Report of the Indian Hemp Drugs Commission, 1894-1895 - Volume VII
Year: 1894
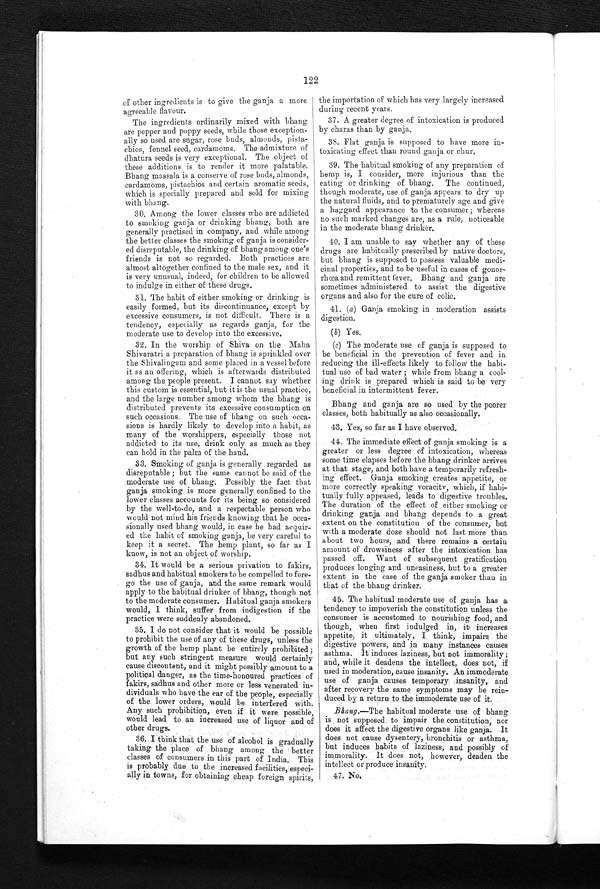
122
of other ingredients is to give the ganja a more
agreeable flavour.
The ingredients ordinarily mixed with bhang
are pepper and poppy seeds, while those exception
-
ally so used are sugar, rose buds, almonds, pista
-
chios, fennel seed, cardamoms. The admixture of
dhatura seeds is very exceptional. The object of
these additions is to render it more palatable.
Bhang massala is a conserve of rose buds, almonds,
cardamoms, pistachios and certain aromatic seeds,
which is specially prepared and sold for mixing
with bhang.
30. Among the lower classes who are addicted
to smoking ganja or drinking bhang, both are
generally practised in company, and while among
the better classes the smoking of ganja is consider
-
ed disreputable, the drinking of bhang among one's
friends is not so regarded. Both practices are
almost altogether confined to the male sex, and it
is very unusual, indeed, for children to be allowed
to indulge in either of these drugs.
31. The habit of either smoking or drinking is
easily formed, but its discontinuance, except by
excessive consumers, is not difficult. There is a
tendency, especially as regards ganja, for the
moderate use to develop into the excessive.
32. In the worship of Shiva on the Maha
Shivaratri a preparation of bhang is sprinkled over
the Shivalingam and some placed in a vessel before
it as an offering, which is afterwards distributed
among the people present. I cannot say whether
this custom is essential, but it is the usual practice,
and the large number among whom the bhang is
distributed prevents its excessive consumption on
such occasions. The use of bhang on such occa
-
sions is hardly likely to develop into a habit, as
many of the worshippers, especially those not
addicted to its use, drink only as much as they
can hold in the palm of the hand.
33. Smoking of ganja is generally regarded as
disreputable ; but the same cannot be said of the
moderate use
o f b h a n g . P o s s i b l y t h e f a c t t h a t
ganja smoking is more generally confined to the
lower classes accounts for its being so considered
by the well-to-do, and a respectable person who
would not mind his friends knowing that he occa
-
sionally used bhang would, in case he had acquir
-
ed the habit of smoking ganja, be very careful to
keep it a secret. The hemp plant, so far as I
know, is not an object of worship.
34. It would be a serious privation to fakirs,
sadhus and habitual smokers to be compelled to fore
-
go the use of ganja, and the same remark would
a p p l y t o t h e h a b i t u a l d r i n k e r o f b h a n g , t h o u g h
n o t
to the moderate consumer. Habitual ganja smokers
would, I think, suffer from indigestion if the
practice were suddenly abandoned.
35. I do not consider that it would be possible
to prohibit the use of any of these drugs, unless the
growth of the hemp plant be entirely prohibited;
but any such stringent measure would certainly
cause discontent, and it might possibly amount to a
political danger, as the time-honoured practices of
fakirs, sadhus and other more or less venerated in
-
dividuals who have the ear of the people, especially
of the lower orders, would be interfered with.
Any such prohibition, even if it were possible,
would lead to an increased use of liquor and of
other drugs.
36. I think that the use of alcohol is gradually
taking the place of bhang among the better
classes of consumers in this part of India. This
is probably due to the increased facilities, especi
-
ally in towns, for obtaining cheap foreign spirits,
the importation of which has very largely increased
during recent years.
37. A greater degree of intoxication is produced
by charas than by ganja.
38. Flat ganja is supposed to have more in
-
toxicating effect than round ganja or chur.
39. The habitual smoking of any preparation of
hemp is, I consider, more injurious than the
eating or drinking of bhang. The continued,
though moderate, use of ganja appears to dry up
the natural fluids, and to prematurely age and give
a haggard appearance to the consumer; whereas
no such marked changes are, as a rule, noticeable
in the moderate bhang drinker.
40. I am unable to say whether any of these
drugs are habitually prescribed by native doctors,
but bhang is supposed to possess valuable medi
-
cinal properties, and to be useful in cases of gonor
-
rhœa and remittent fever. Bhang and ganja are
sometimes administered to assist the digestive
organs and also for the cure of colic.
41. ( a ) Ganja smoking in moderation assists
digestion.
(b) Yes.
(c) The moderate use of ganja is supposed to
be beneficial in the prevention of fever and in
reducing the ill-effects likely to follow the habi
-
tual use of bad water ; while from bhang a cool
-
ing drink is prepared which is said to be very
beneficial in intermittent fever.
Bhang and ganja are so used by the poorer
classes, both habitually as also occasionally.
43. Yes, so far as I have observed.
44. The immediate effect of ganja smoking is a
greater or less degree of intoxication, whereas
some time elapses before the bhang drinker arrives
at that stage, and both have a temporarily refresh
-
ing effect. Ganja smoking creates appetite, or
more correctly speaking voracitv, which, if habi
-
tually fully appeased, leads to digestive troubles.
The duration of the effect of either smoking or
drinking ganja and bhang depends to a great
extent on the constitution of the consumer, but
with a moderate dose should not last more than
about two hours, and there remains a certain
amount of drowsiness after the intoxication has
passed off. Want of subsequent gratification
produces longing and uneasiness, but to a greater
extent in the case of the ganja smoker than in
that of the bhang drinker.
45. The habitual moderate use of ganja has a
tendency to impoverish the constitution unless the
consumer is accustomed to nourishing food, and
though, when first indulged in, it increases
appetite, it ultimately, I think, impairs the
digestive powers, and in many instances causes
asthma. It induces laziness, but not immorality;
and, while it deadens the intellect, does not, if
used in moderation, cause insanity. An immoderate
use of ganja causes temporary insanity, and
after recovery the same symptoms may be rein
-
duced by a return to the immoderate use of it.
Bhang.—The habitual moderate use of bhang
is not supposed to impair the constitution, nor
does it affect the digestive organs like ganja. It
does not cause dysentery, bronchitis or asthma,
but induces habits of laziness, and possibly of
immorality. It does not, however, deaden the
intellect or produce insanity.
47. No.